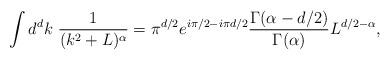
LaTeX: \begin{align*}\int d^{d}k\ \frac{1}{(k^{2}+L)^\alpha} =\pi^{d/2} e^{i \pi/2 - i \pi d/2}\frac{\Gamma(\alpha - d/2)}{\Gamma(\alpha)}L^{d/2 - \alpha},\end{align*}